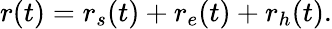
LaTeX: r(t)=r_{s}(t)+r_{e}(t)+r_{h}(t).